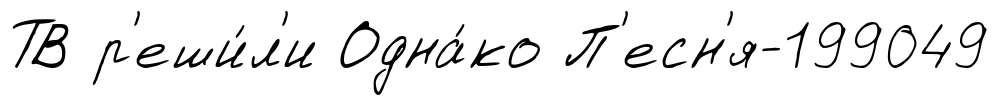
ТВ р'еши́л'и Одна́ко П'есн'я-199049